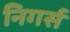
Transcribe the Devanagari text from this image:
निगर्स